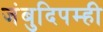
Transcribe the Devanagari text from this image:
जंबुदिपम्ही